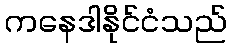
ကနေဒါနိုင်ငံသည်